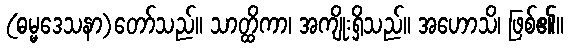
(ဓမ္မဒေသနာ)တော်သည်။ သာတ္ထိကာ၊ အကျိုးရှိသည်။ အဟောသိ၊ ဖြစ်၏။